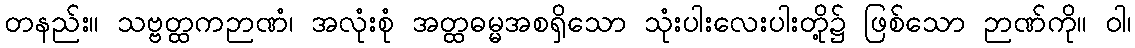
တနည်း။ သဗ္ဗတ္ထကဉာဏံ၊ အလုံးစုံ အတ္ထဓမ္မအစရှိသော သုံးပါးလေးပါးတို့၌ ဖြစ်သော ဉာဏ်ကို။ ဝါ၊